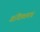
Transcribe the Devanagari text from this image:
अधिव्यक्त